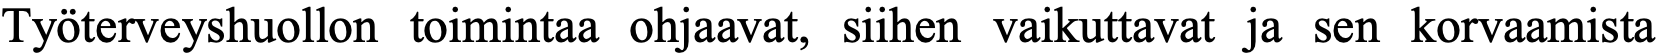
Työterveyshuollon toimintaa ohjaavat, siihen vaikuttavat ja sen korvaamista